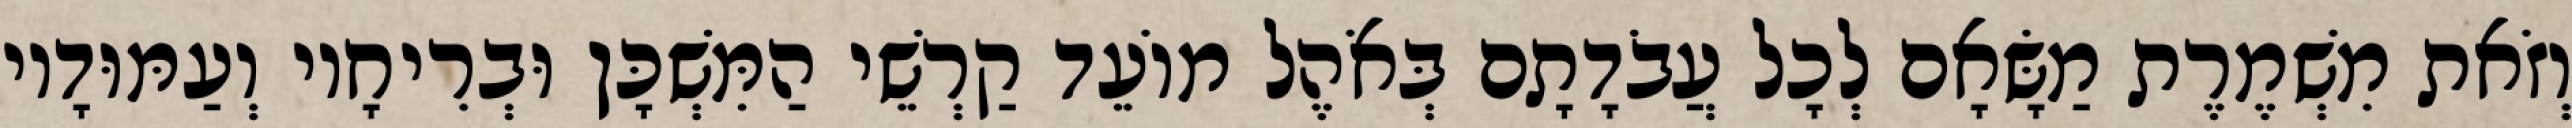
וְזֹאת מִשְׁמֶרֶת מַשָּׂאָם לְכָל עֲבֹדָתָם בְּאֹהֶל מוֹעֵד קַרְשֵׁי הַמִּשְׁכָּן וּבְרִיחָיו וְעַמּוּדָיו